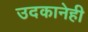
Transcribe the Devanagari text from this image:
उदकानेही